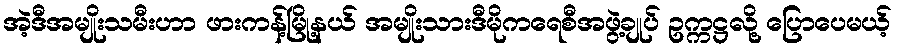
အဲ့ဒီအမျိုးသမီးဟာ ဖားကန့်မြို့နယ် အမျိုးသားဒီမိုကရေစီအဖွဲ့ချုပ် ဥက္ကဋ္ဌလို့ ပြောပေမယ့်